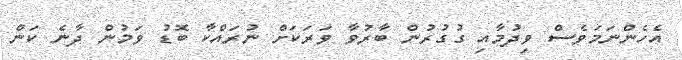
އެހެންނަމަވެސް ވިދުމާއި ގުގުރުން ބާރުވާ ވަރަކަށް ނުރައްކާ ބޮޑު ވަމުން ދާނެ ކަން